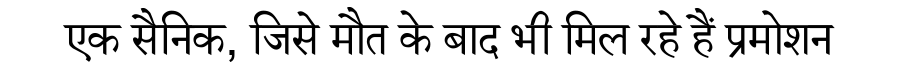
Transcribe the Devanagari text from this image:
एक सैनिक, जिसे मौत के बाद भी मिल रहे हैं प्रमोशन